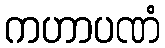
ကဟာပဏံ